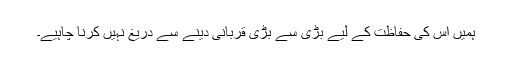
ہمیں اس کی حفاظت کے لیے بڑی سے بڑی قربانی دینے سے دریغ نہیں کرنا چاہیے۔